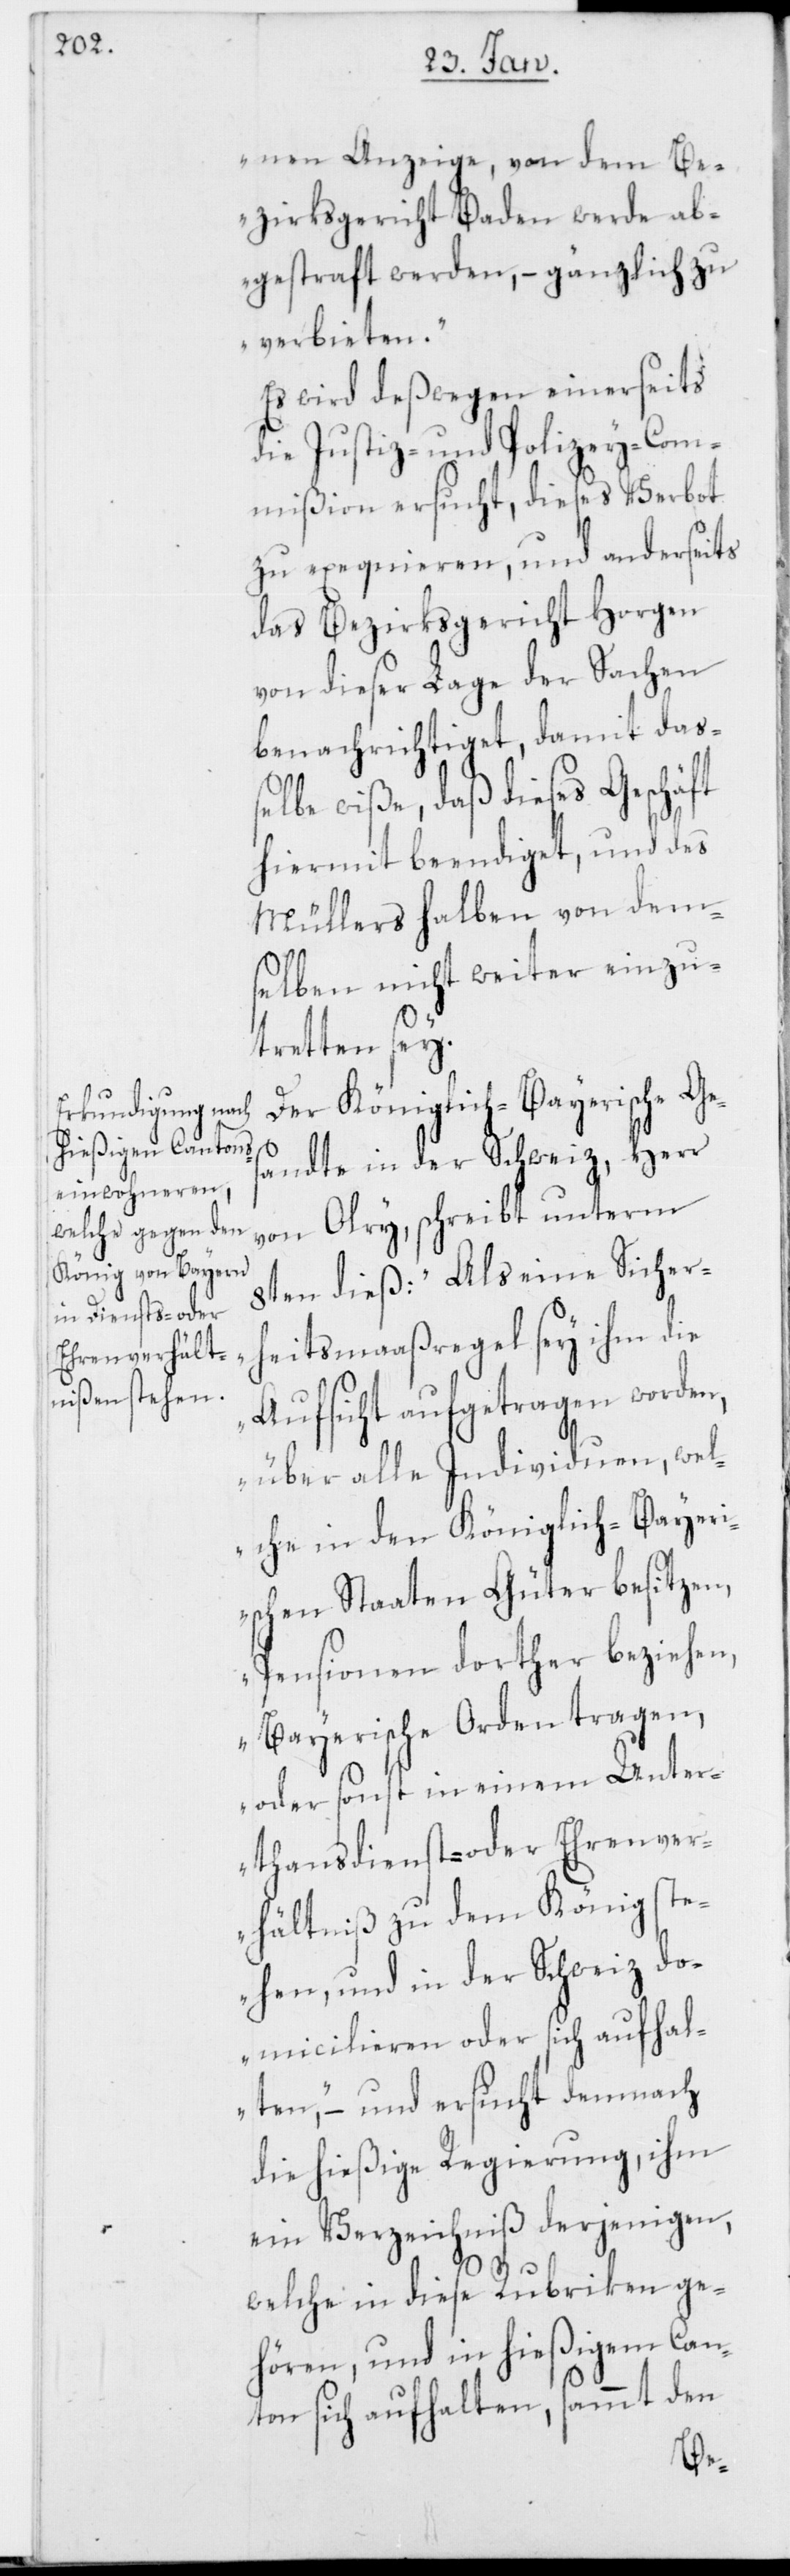
hansdienst- oder

nen Anzeige, von dem Be¬
zirksgericht Baden werde ab¬
gestraft werden, – gänzlich zu
verbieten.“
Es wird deßwegen einerseits
die Justiz- und Polizey-Com¬
mißion ersucht, dieses Verbot
zu exequieren, und anderseits
das Bezirksgericht Horgen
von dieser Lage der Sachen
benachrichtiget, damit daß¬
elbe wiße, daß dieses Geschäft
hiermit beendiget, und des
Müllers halben von dem¬
selben nicht weiter einzu¬
tretten sey.
Der Königlich-Bayerische Ge¬
sandte in der Schweiz, Herr
von Olry, schreibt unterm
8ten dieß: „Als eine Sicherh¬
eitsmaaßregel sey ihm die
Aufsicht aufgetragen worden,
über alle Individuen, wel¬
che in den Königlich-Bayer¬
ischen Staaten Güter besitzen,
Pensionen dorther beziehen,
Bayerische Orden tragen,
oder sonst in einem Untert¬
rhältniß zu dem König ste¬
hen, und in der Schweiz do¬
micilieren oder sich aufhal¬
ten“, – und ersucht demnach
die hießige Regierung, ihm
ein Verzeichniß derjenigen,
welche in diese Rubriken ge¬
hören, und in hießigem Can¬
ton sich aufhalten, sammt den
ve¬